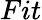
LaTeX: Fit